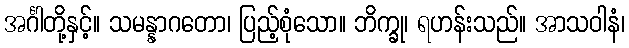
အင်္ဂါတို့နှင့်။ သမန္နာဂတော၊ ပြည့်စုံသော။ ဘိက္ခု၊ ရဟန်းသည်။ အာသဝါနံ၊